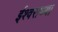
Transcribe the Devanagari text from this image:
ईश्‍वराच्या